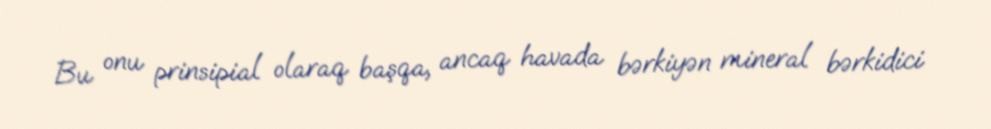
Bu onu prinsipial olaraq başqa, ancaq havada bərkiyən mineral bərkidici